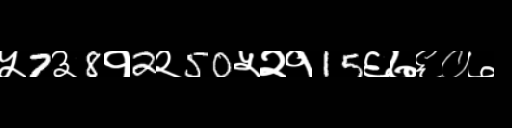
Text: ५7३8१2२50५२१15६७६०७